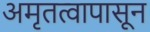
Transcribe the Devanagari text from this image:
अमृतत्वापासून